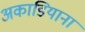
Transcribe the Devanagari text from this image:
अकाडियाना